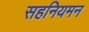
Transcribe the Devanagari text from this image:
सहनियमन